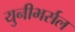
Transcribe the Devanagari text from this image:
युनीभर्सल